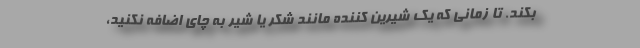
بکند. تا زمانی که یک شیرین کننده مانند شکر یا شیر به چای اضافه نکنید،